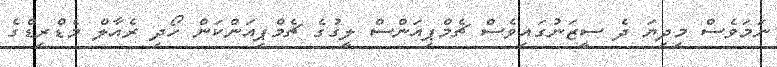
ނަމަވެސް މިދިޔަ ދެ ސީޒަނުގައިވެސް ޗެމްޕިއަންސް ލީގުގެ ޗެމްޕިއަންކަން ހޯދި ރެއާލް މެޑްރިޑްގެ